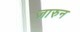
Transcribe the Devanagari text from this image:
ज़ारुन